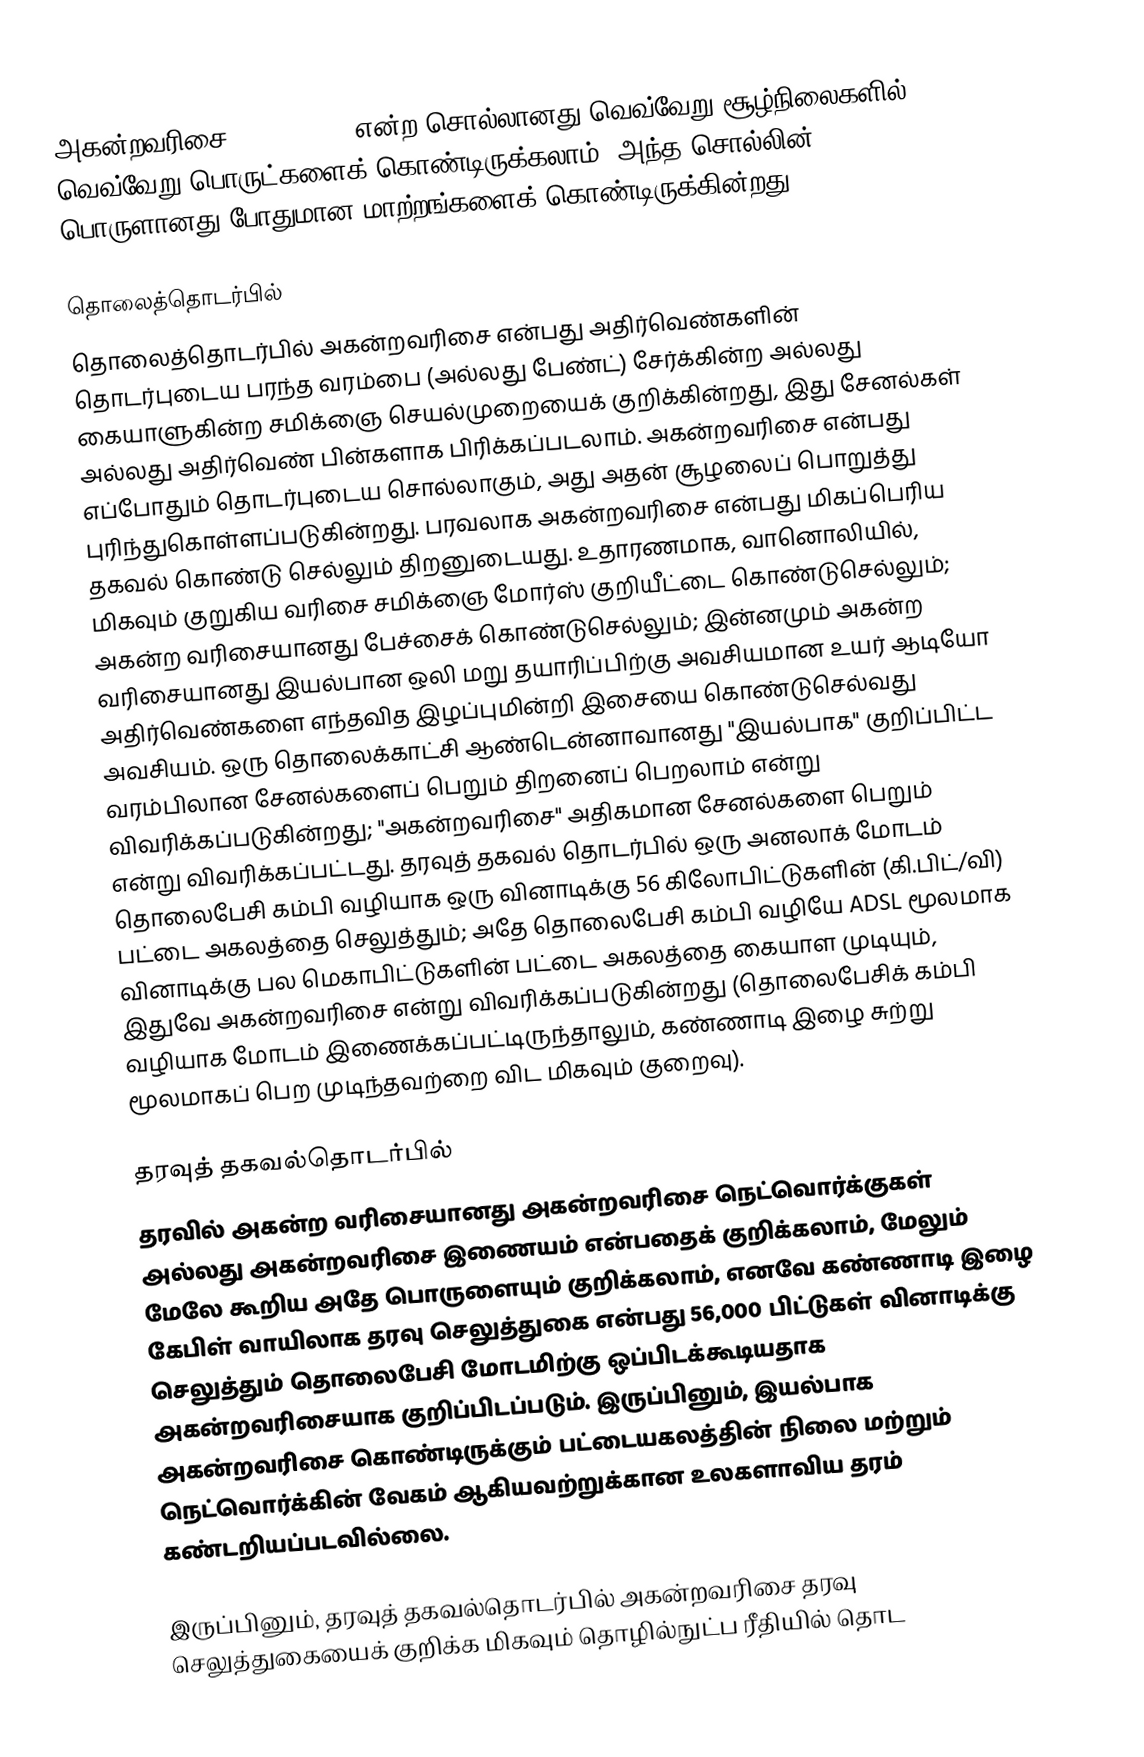
அகன்றவரிசை (broadband) என்ற சொல்லானது வெவ்வேறு சூழ்நிலைகளில் வெவ்வேறு பொருட்களைக் கொண்டிருக்கலாம். அந்த சொல்லின் பொருளானது போதுமான மாற்றங்களைக் கொண்டிருக்கின்றது.

தொலைத்தொடர்பில்
தொலைத்தொடர்பில் அகன்றவரிசை என்பது அதிர்வெண்களின் தொடர்புடைய பரந்த வரம்பை (அல்லது பேண்ட்) சேர்க்கின்ற அல்லது கையாளுகின்ற சமிக்ஞை செயல்முறையைக் குறிக்கின்றது, இது சேனல்கள் அல்லது அதிர்வெண் பின்களாக பிரிக்கப்படலாம். அகன்றவரிசை என்பது எப்போதும் தொடர்புடைய சொல்லாகும், அது அதன் சூழலைப் பொறுத்து புரிந்துகொள்ளப்படுகின்றது. பரவலாக அகன்றவரிசை என்பது மிகப்பெரிய தகவல் கொண்டு செல்லும் திறனுடையது. உதாரணமாக, வானொலியில், மிகவும் குறுகிய வரிசை சமிக்ஞை மோர்ஸ் குறியீட்டை கொண்டுசெல்லும்; அகன்ற வரிசையானது பேச்சைக் கொண்டுசெல்லும்; இன்னமும் அகன்ற வரிசையானது இயல்பான ஒலி மறு தயாரிப்பிற்கு அவசியமான உயர் ஆடியோ அதிர்வெண்களை எந்தவித இழப்புமின்றி இசையை கொண்டுசெல்வது அவசியம். ஒரு தொலைக்காட்சி ஆண்டென்னாவானது "இயல்பாக" குறிப்பிட்ட வரம்பிலான சேனல்களைப் பெறும் திறனைப் பெறலாம் என்று விவரிக்கப்படுகின்றது; "அகன்றவரிசை" அதிகமான சேனல்களை பெறும் என்று விவரிக்கப்பட்டது. தரவுத் தகவல் தொடர்பில் ஒரு அனலாக் மோடம் தொலைபேசி கம்பி வழியாக ஒரு வினாடிக்கு 56 கிலோபிட்டுகளின் (கி.பிட்/வி) பட்டை அகலத்தை செலுத்தும்; அதே தொலைபேசி கம்பி வழியே ADSL மூலமாக வினாடிக்கு பல மெகாபிட்டுகளின் பட்டை அகலத்தை கையாள முடியும், இதுவே அகன்றவரிசை என்று விவரிக்கப்படுகின்றது (தொலைபேசிக் கம்பி வழியாக மோடம் இணைக்கப்பட்டிருந்தாலும், கண்ணாடி இழை சுற்று மூலமாகப் பெற முடிந்தவற்றை விட மிகவும் குறைவு).

தரவுத் தகவல்தொடர்பில்
தரவில் அகன்ற வரிசையானது அகன்றவரிசை நெட்வொர்க்குகள் அல்லது அகன்றவரிசை இணையம் என்பதைக் குறிக்கலாம், மேலும் மேலே கூறிய அதே பொருளையும் குறிக்கலாம், எனவே கண்ணாடி இழை கேபிள் வாயிலாக தரவு செலுத்துகை என்பது 56,000 பிட்டுகள் வினாடிக்கு செலுத்தும் தொலைபேசி மோடமிற்கு ஒப்பிடக்கூடியதாக அகன்றவரிசையாக குறிப்பிடப்படும். இருப்பினும், இயல்பாக அகன்றவரிசை கொண்டிருக்கும் பட்டையகலத்தின் நிலை மற்றும் நெட்வொர்க்கின் வேகம் ஆகியவற்றுக்கான உலகளாவிய தரம் கண்டறியப்படவில்லை.

இருப்பினும், தரவுத் தகவல்தொடர்பில் அகன்றவரிசை தரவு செலுத்துகையைக் குறிக்க மிகவும் தொழில்நுட்ப ரீதியில் தொட